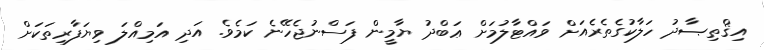
އިޤްތިޞާދު ހަލާކުގެތެރެއަށް ވައްޓާލުމަށް ޢަބްދު ޔާމީން ފަސްނުޖެހޭނެ ކަމެވެ. އަދި އަމިއްލަ ވިޔަފާރިތަކަށް